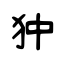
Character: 狆